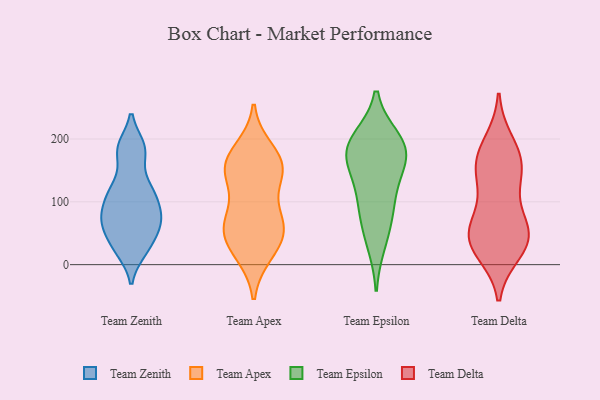
{"axis": {"x": "Page Views", "y": "Value"}, "legend": ["Team Apex", "Team Delta", "Team Epsilon", "Team Zenith"], "data": [{"x": "", "y": 119, "type": "Team Zenith"}, {"x": "", "y": 181, "type": "Team Zenith"}, {"x": "", "y": 33, "type": "Team Zenith"}, {"x": "", "y": 121, "type": "Team Zenith"}, {"x": "", "y": 67, "type": "Team Zenith"}, {"x": "", "y": 73, "type": "Team Zenith"}, {"x": "", "y": 23, "type": "Team Zenith"}, {"x": "", "y": 67, "type": "Team Zenith"}, {"x": "", "y": 97, "type": "Team Zenith"}, {"x": "", "y": 186, "type": "Team Zenith"}, {"x": "", "y": 147, "type": "Team Apex"}, {"x": "", "y": 153, "type": "Team Apex"}, {"x": "", "y": 154, "type": "Team Apex"}, {"x": "", "y": 24, "type": "Team Apex"}, {"x": "", "y": 145, "type": "Team Apex"}, {"x": "", "y": 181, "type": "Team Apex"}, {"x": "", "y": 19, "type": "Team Apex"}, {"x": "", "y": 61, "type": "Team Apex"}, {"x": "", "y": 56, "type": "Team Apex"}, {"x": "", "y": 49, "type": "Team Apex"}, {"x": "", "y": 69, "type": "Team Apex"}, {"x": "", "y": 79, "type": "Team Apex"}, {"x": "", "y": 164, "type": "Team Apex"}, {"x": "", "y": 35, "type": "Team Epsilon"}, {"x": "", "y": 191, "type": "Team Epsilon"}, {"x": "", "y": 160, "type": "Team Epsilon"}, {"x": "", "y": 113, "type": "Team Epsilon"}, {"x": "", "y": 192, "type": "Team Epsilon"}, {"x": "", "y": 174, "type": "Team Epsilon"}, {"x": "", "y": 199, "type": "Team Epsilon"}, {"x": "", "y": 166, "type": "Team Epsilon"}, {"x": "", "y": 98, "type": "Team Epsilon"}, {"x": "", "y": 70, "type": "Team Epsilon"}, {"x": "", "y": 49, "type": "Team Delta"}, {"x": "", "y": 22, "type": "Team Delta"}, {"x": "", "y": 193, "type": "Team Delta"}, {"x": "", "y": 173, "type": "Team Delta"}, {"x": "", "y": 37, "type": "Team Delta"}, {"x": "", "y": 46, "type": "Team Delta"}, {"x": "", "y": 69, "type": "Team Delta"}, {"x": "", "y": 162, "type": "Team Delta"}, {"x": "", "y": 147, "type": "Team Delta"}, {"x": "", "y": 154, "type": "Team Delta"}, {"x": "", "y": 34, "type": "Team Delta"}, {"x": "", "y": 115, "type": "Team Delta"}, {"x": "", "y": 49, "type": "Team Delta"}]}